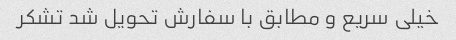
خیلی سریع و مطابق با سفارش تحویل شد تشکر